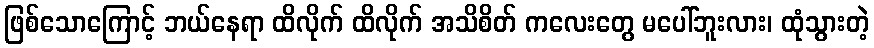
ဖြစ်သောကြောင့် ဘယ်နေရာ ထိလိုက် ထိလိုက် အသိစိတ် ကလေးတွေ မပေါ်ဘူးလား၊ ထုံသွားတဲ့